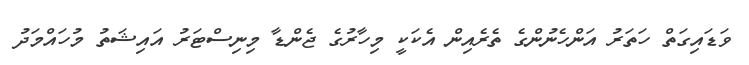
ވަޑައިގަތް ހަތަރު އަންހެނުންގެ ތެރެއިން އެކަކީ މިހާރުގެ ޖެންޑާ މިނިސްޓަރު އައިޝަތު މުހައްމަދު